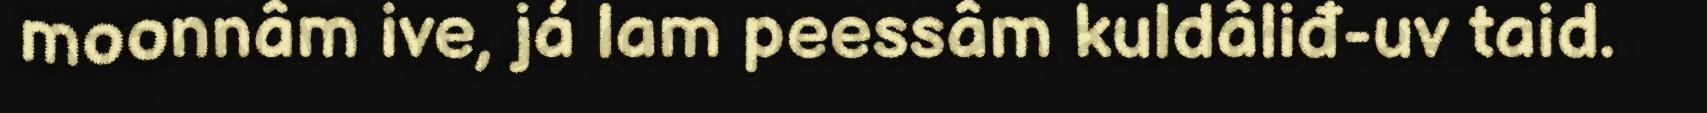
moonnâm ive, já lam peessâm kuldâliđ-uv taid.